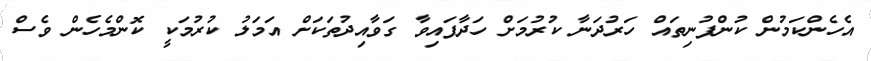
އެހެންކަމުން ކުންފުނިތައް ހަރުދަނާ ކުރުމަށް ހަދާފައިވާ ގަވާއިދުތަކަށް އަމަލު ކުރުމަކީ ކޮންމެހެން ވެސް